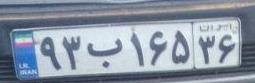
۹۳ب۱۶۵۳۶